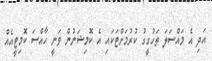
އަދި އެ މައްސަލަ ތަހުގީގު ކުރުމަށްޓަކައި އެ ކޮމިޝަނުން ވަނީ ހާއްސަ ކޮމިޓީއެއް